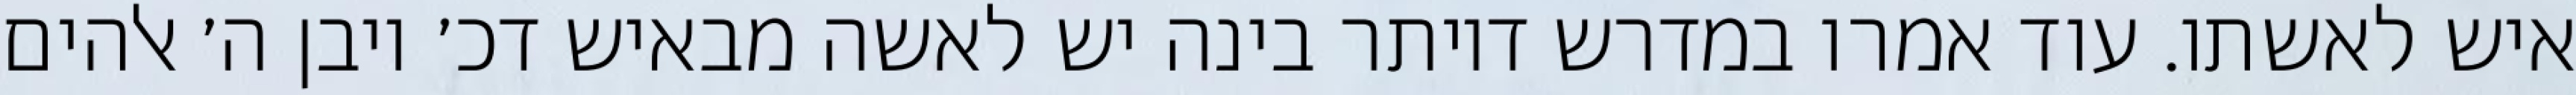
איש לאשתו. עוד אמרו במדרש דיותר בינה יש לאשה מבאיש דכ׳ ויבן ה׳ אלהים